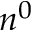
n ^ { 0 }